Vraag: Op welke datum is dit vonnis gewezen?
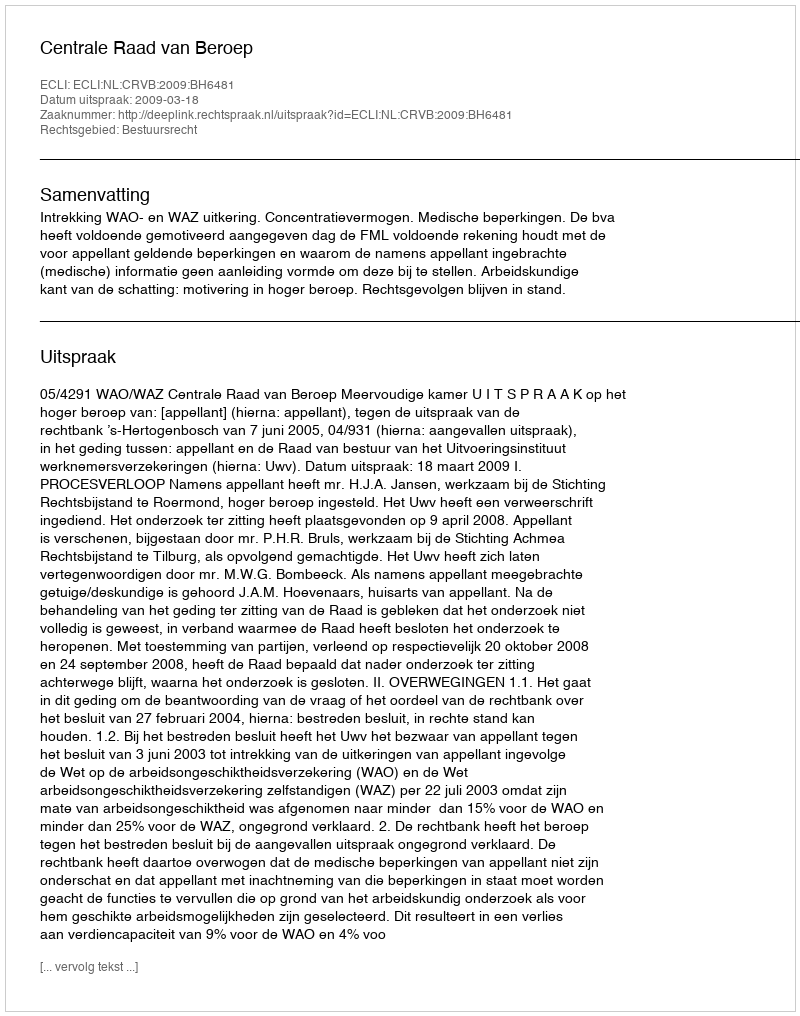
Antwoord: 2009-03-18